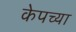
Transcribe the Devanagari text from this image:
केपच्या